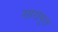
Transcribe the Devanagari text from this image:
सारामृत